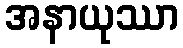
အနာယုဿာ